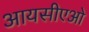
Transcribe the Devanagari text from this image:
आयसीएओ